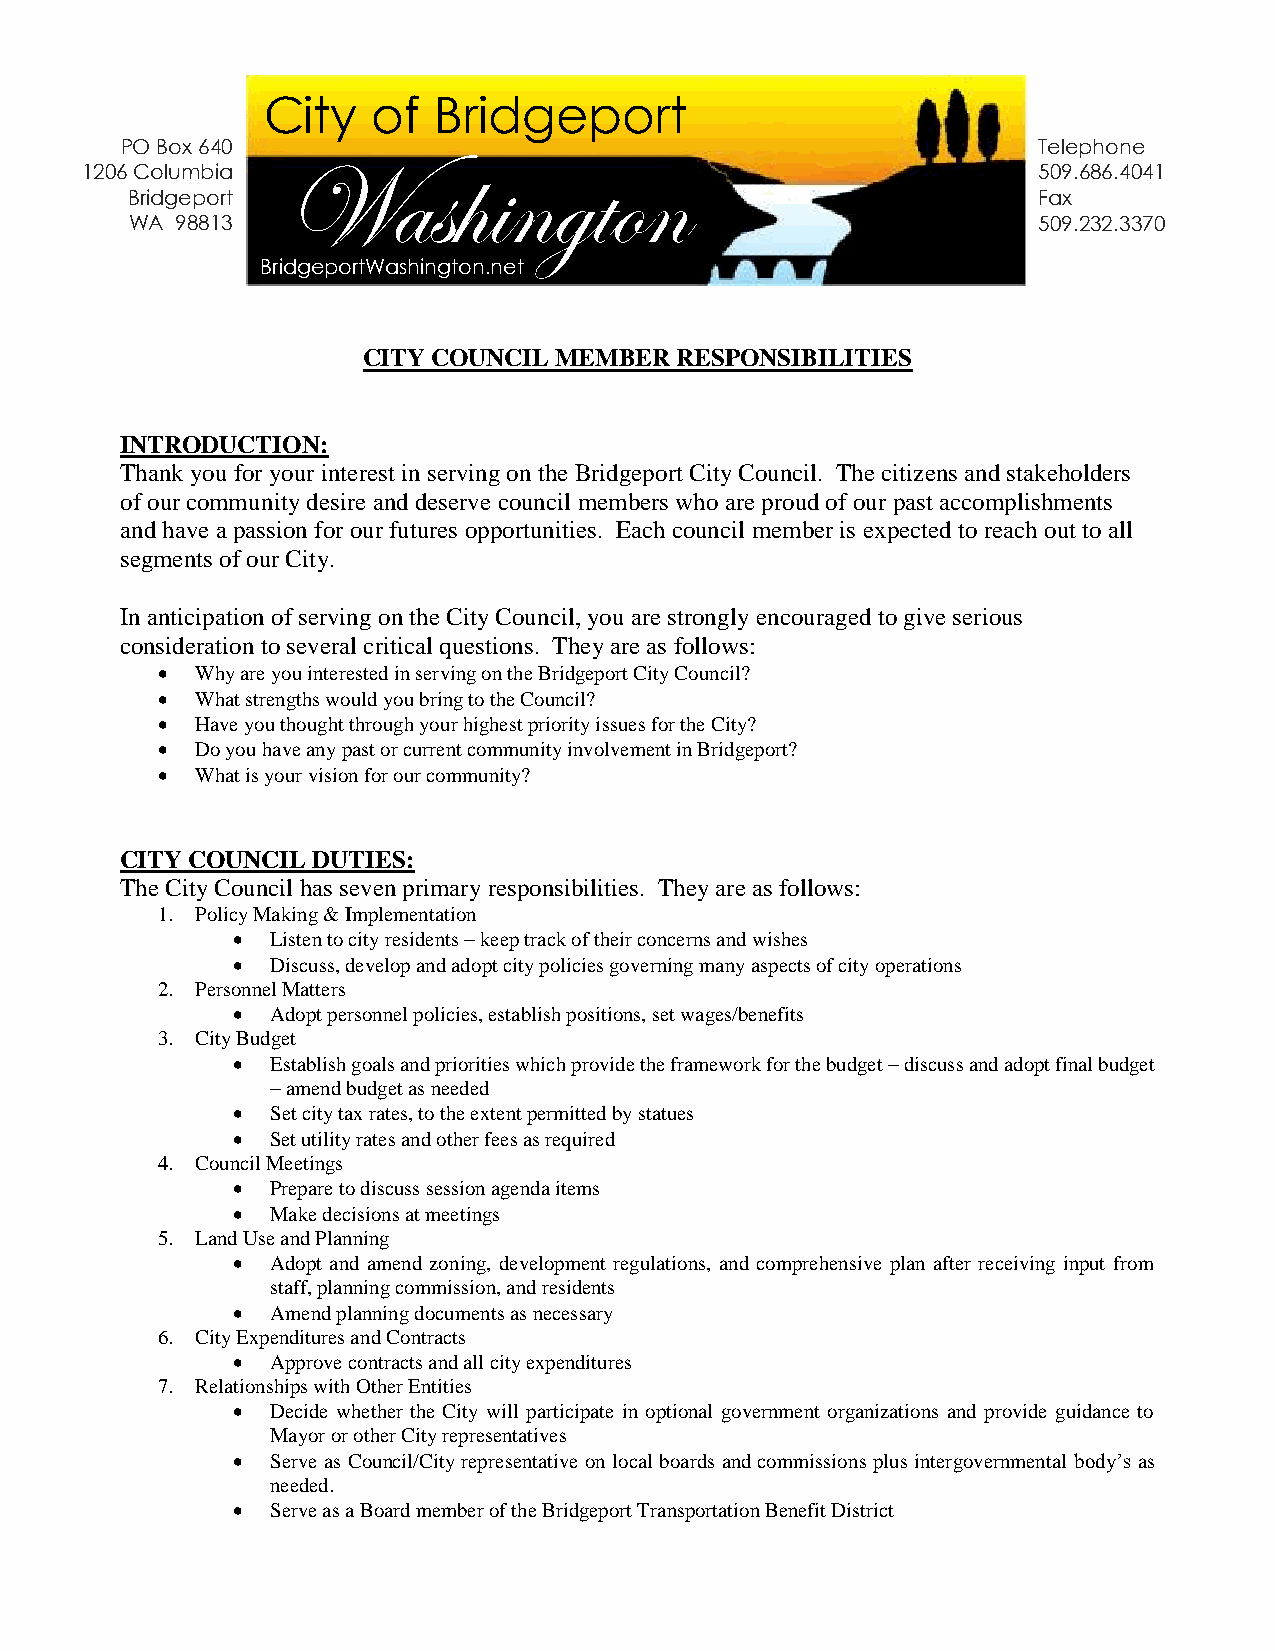
City    of  Bridgeport
 PO Box 640                                                   Telephone
 1206 Columbia Washington                                        509.686.4041
 Bridgeport                                                   Fax
 WA 98813                                                    509.232.3370
 BridgeportWashington.net
 CITY COUNCIL MEMBER  RESPONSIBILITIES
 INTRODUCTION:
 Thank you for your interest in serving on the Bridgeport City Council. The citizens and stakeholders
 of our community desire and deserve council members who are proud of our past accomplishments
 and have a passion for our futures opportunities. Each council member is expected to reach out to all
 segments of our City.
 In anticipation of serving on the City Council, you are strongly encouraged to give serious
 consideration to several critical questions. They are as follows:
   Why are you interested in serving on the Bridgeport City Council?
   What strengths would you bring to the Council?
   Have you thought through your highest priority issues for the City?
   Do you have any past or current community involvement in Bridgeport?
   What is your vision for our community?
 CITY COUNCIL DUTIES:
 The City Council has seven primary responsibilities. They are as follows:
 1. Policy Making & Implementation
   Listen to city residents – keep track of their concerns and wishes
   Discuss, develop and adopt city policies governing many aspects of city operations
 2. Personnel Matters
   Adopt personnel policies, establish positions, set wages/benefits
 3. City Budget
   Establish goals and priorities which provide the framework for the budget – discuss and adopt final budget
 – amend budget as needed
   Set city tax rates, to the extent permitted by statues
   Set utility rates and other fees as required
 4. Council Meetings
   Prepare to discuss session agenda items
   Make decisions at meetings
 5. Land Use and Planning
   Adopt and amend zoning, development regulations, and comprehensive plan after receiving input from
 staff, planning commission, and residents
   Amend planning documents as necessary
 6. City Expenditures and Contracts
   Approve contracts and all city expenditures
 7. Relationships with Other Entities
   Decide whether the City will participate in optional government organizations and provide guidance to
 Mayor or other City representatives
   Serve as Council/City representative on local boards and commissions plus intergovernmental body’s as
 needed.
   Serve as a Board member of the Bridgeport Transportation Benefit District